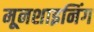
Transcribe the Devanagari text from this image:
मूनशाइनिंग